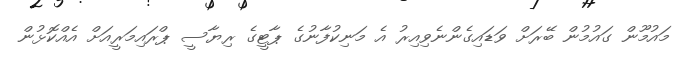
މައުމޫން ގައުމުން ބޭރަށް ވަޑައިގެންނެވިއިރު އެ މަނިކުފާނުގެ ޕާޓީގެ ރިޔާސީ ޕްރައިމަރީއަށް އެއްކޮޅުން